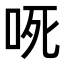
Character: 𭇟